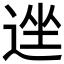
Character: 𫐩